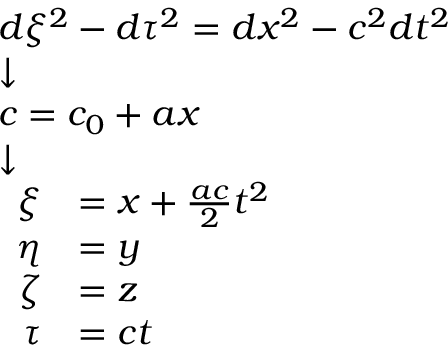
{ \scriptstyle { \begin{array} { l } { d \xi ^ { 2 } - d \tau ^ { 2 } = d x ^ { 2 } - c ^ { 2 } d t ^ { 2 } } \\ { { \boldsymbol { \downarrow } } } \\ { c = c _ { 0 } + a x } \\ { { \boldsymbol { \downarrow } } } \\ { { \begin{array} { r l } { \xi } & { = x + { \frac { a c } { 2 } } t ^ { 2 } } \\ { \eta } & { = y } \\ { \zeta } & { = z } \\ { \tau } & { = c t } \end{array} } } \end{array} } }